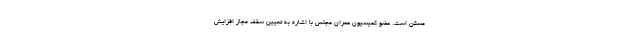
مسکن است. عضو کمیسیون عمران مجلس با اشاره به تعیین سقف مجاز افزایش